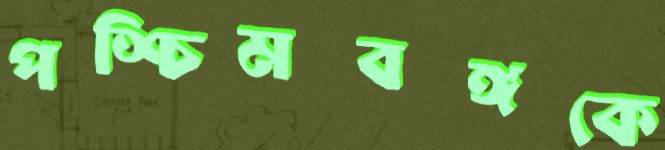
পশ্চিমবঙ্গকে